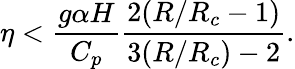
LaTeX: \eta<\frac{g\alpha H}{C_{p}}{\frac{2(R/R_{c}-1)}{3(R/R_{c})-2}}.